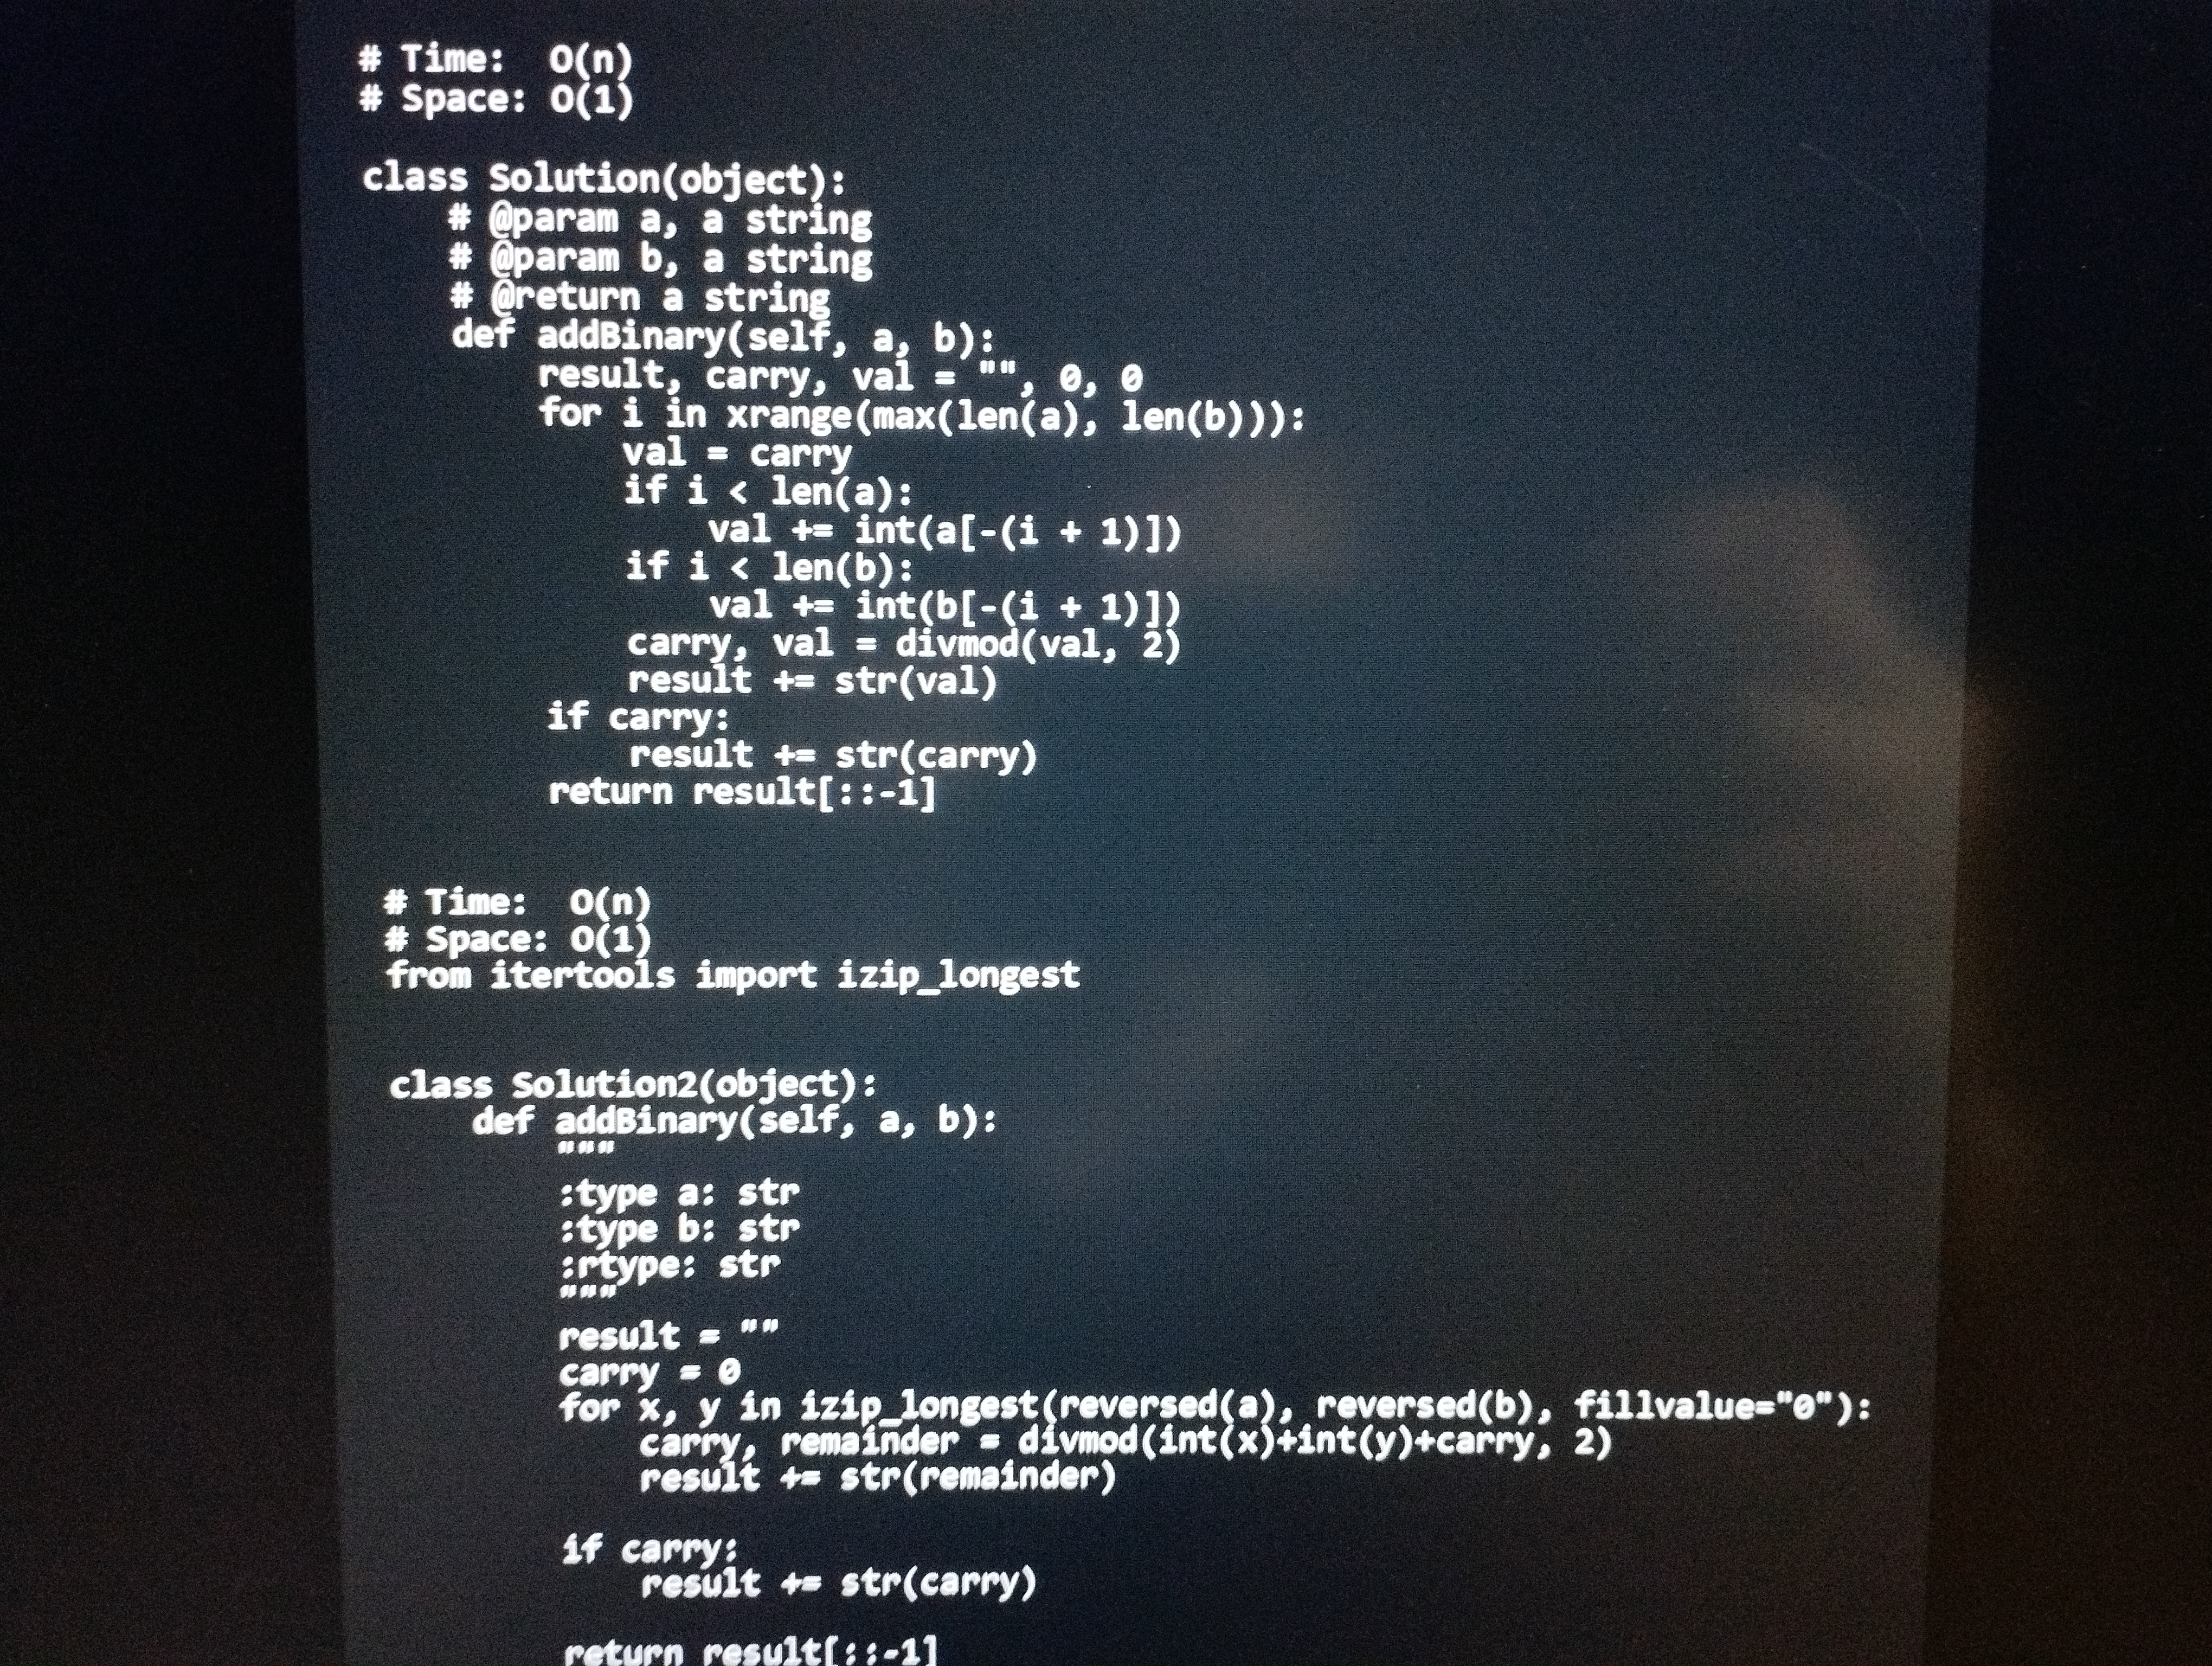
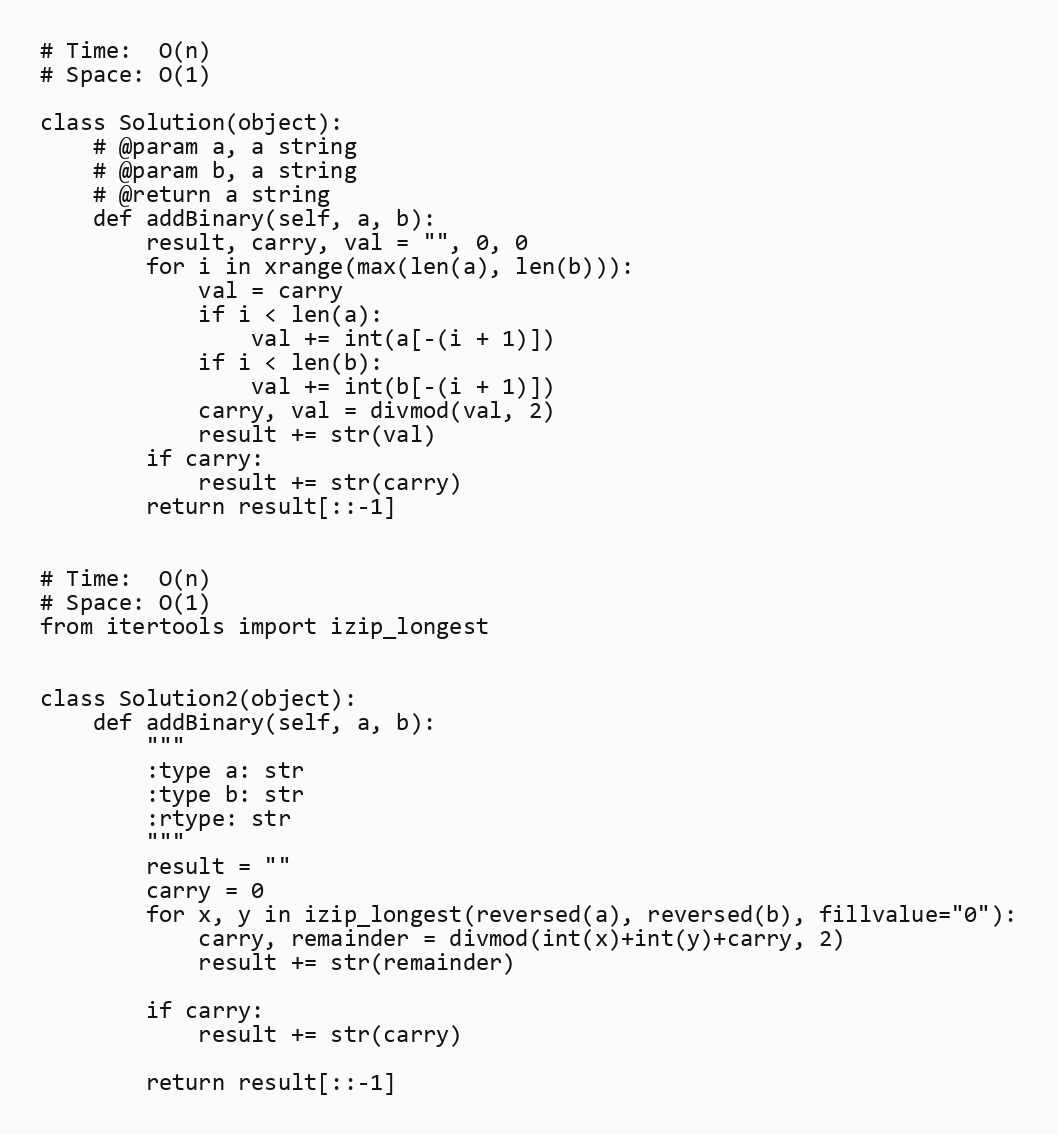
# Time:  O(n)
# Space: O(1)

class Solution(object):
    # @param a, a string
    # @param b, a string
    # @return a string
    def addBinary(self, a, b):
        result, carry, val = "", 0, 0
        for i in xrange(max(len(a), len(b))):
            val = carry
            if i < len(a):
                val += int(a[-(i + 1)])
            if i < len(b):
                val += int(b[-(i + 1)])
            carry, val = divmod(val, 2)
            result += str(val)
        if carry:
            result += str(carry)
        return result[::-1]

# Time:  O(n)
# Space: O(1)
from itertools import izip_longest

class Solution2(object):
    def addBinary(self, a, b):
        """
        :type a: str
        :type b: str
        :rtype: str
        """
        result = ""
        carry = 0
        for x, y in izip_longest(reversed(a), reversed(b), fillvalue="0"):
            carry, remainder = divmod(int(x)+int(y)+carry, 2)
            result += str(remainder)

        if carry:
            result += str(carry)

        return result[::-1]